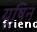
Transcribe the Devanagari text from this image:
यूषिन